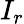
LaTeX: I_{r}